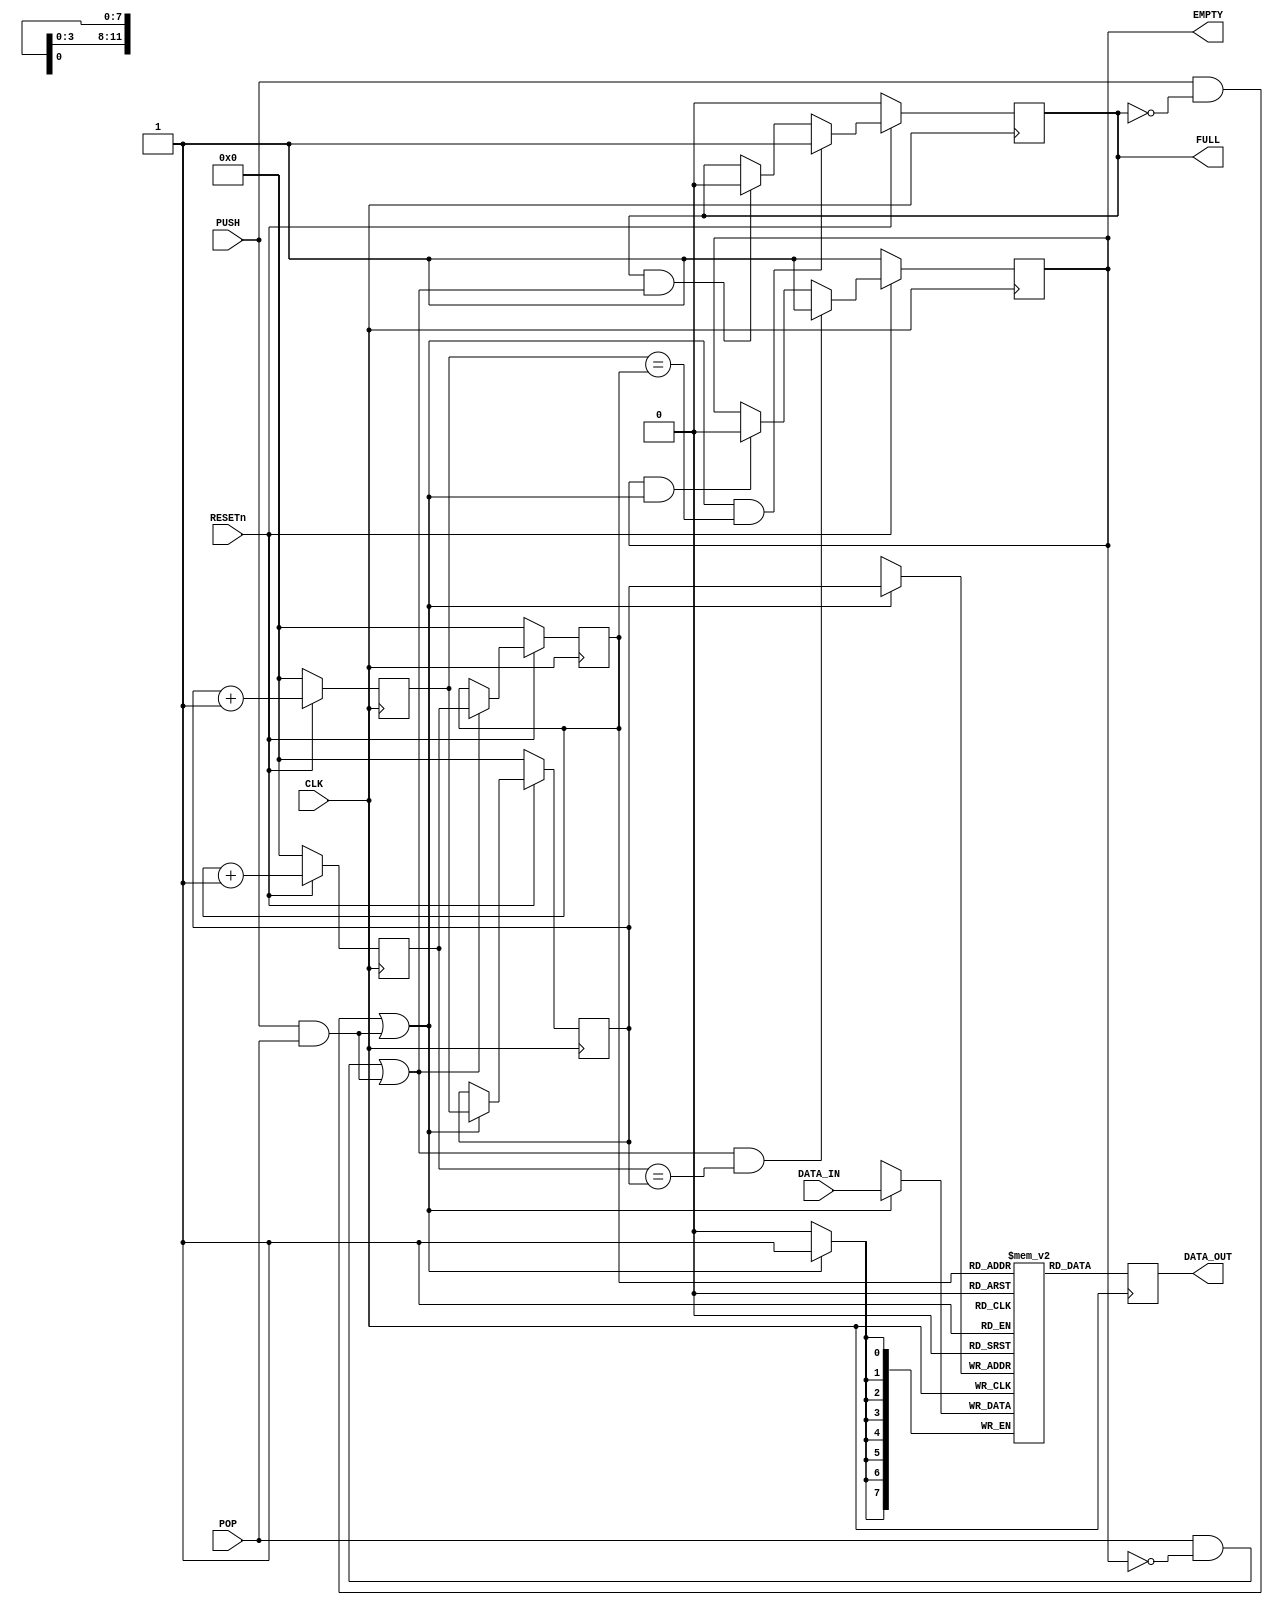
//                              -*- Mode: Verilog -*-
// Description     : FIFO
// Last Modified By: Philip Tracton
// Update Count    : 0
// Status          : Unknown, Use with caution!

module fifo (/*AUTOARG*/
	     // Outputs
	     DATA_OUT, FULL, EMPTY,
	     // Inputs
	     CLK, RESETn, DATA_IN, PUSH, POP
	     ) ;


   //---------------------------------------------------------------------------
   //
   // PARAMETERS
   //
   //---------------------------------------------------------------------------
   parameter DATA_WIDTH = 8;               // Width of input and output data
   parameter ADDR_EXP   = 12;                // Width of our address, FIFO depth is 2^^ADDR_EXP
   parameter ADDR_DEPTH = 4096;    // DO NOT DIRECTLY SET THIS ONE!
   
   //---------------------------------------------------------------------------
   //
   // PORTS
   //
   //---------------------------------------------------------------------------
   input CLK;                           // Clock for all logic
   input RESETn;                         // Synchronous Active High RESETn
   // input ENABLE;                        // When asserted (1'b1), this block is active
   // input FLUSH;                         // When asserted (1'b1), the FIFO is dumped out and RESETn to all 0
   input [DATA_WIDTH - 1:0] DATA_IN;    // Input data stored when PUSHed
   input                    PUSH;       // When asserted (1'b1), DATA_IN is stored into FIFO
   input                    POP;        // When asserted (1'b1), DATA_OUT is the next value in the FIFO
   
   output [DATA_WIDTH - 1:0] DATA_OUT;  // Output data from FIFO
   output                    FULL;      // Asseted when there is no more space in FIFO
   output                    EMPTY;     // Asserted when there is nothing in the FIFO
   

   //---------------------------------------------------------------------------
   //
   // Registers 
   //
   //---------------------------------------------------------------------------
   /*AUTOREG*/
   // Beginning of automatic regs (for this module's undeclared outputs)
   reg 			     EMPTY;
   reg 			     FULL;
   // End of automatics
   (* ram_style = "block" *)
   reg [DATA_WIDTH -1:0]     memory[0:ADDR_DEPTH-1];   // The memory for the FIFO
   reg [ADDR_EXP -1:0] 	     write_ptr;                // Location to write to
   reg [ADDR_EXP -1:0] 	     read_ptr;                 // Location to read from 
   
   //---------------------------------------------------------------------------
   //
   // WIRES
   //
   //---------------------------------------------------------------------------
   /*AUTOWIRE*/
   reg [DATA_WIDTH-1:0]     DATA_OUT;          // Top of the FIFO driven out of the module
   reg [ADDR_EXP -1:0] 	     next_write_ptr;    // Next location to write to
   reg [ADDR_EXP -1:0] 	     next_read_ptr;     // Next location to read from
   wire 		     accept_write;      // Asserted when we can accept this write (PUSH)
   wire 		     accept_read;       // Asserted when we can accept this read (POP)
   
   //---------------------------------------------------------------------------
   //
   // COMBINATIONAL LOGIC
   //
   //---------------------------------------------------------------------------

   //
   // Read and write pointers increment by one unless at the last address.  In that
   // case wrap around to the beginning (0)
   //
   // assign next_write_ptr = (write_ptr == ADDR_DEPTH-1) ? 0  :write_ptr + 1;
   // assign next_read_ptr  = (read_ptr  == ADDR_DEPTH-1) ? 0  :read_ptr  + 1;

   always @(posedge CLK) begin
     if (!RESETn) begin
        next_write_ptr <= 'b0;      
        next_read_ptr <= 'b0;    
     end else begin
        next_write_ptr <= write_ptr + 1;      
        next_read_ptr <= read_ptr  + 1;    
     end
   end

   //
   // Only write if enabled, no flushing and not full or at the same time as a pop
   //
   assign accept_write = (PUSH && !FULL) || (PUSH && POP);

   //
   // Only read if not flushing and not empty or at the same time as a push
   //
   assign accept_read = (POP && !EMPTY) || (PUSH && POP);

   //
   // We are always driving the data out to be read.  Pop will move to the next location
   // in memory
   //
   // assign DATA_OUT = (ENABLE) ? memory[read_ptr]: 'b0;
   
   //---------------------------------------------------------------------------
   //
   // SEQUENTIAL LOGIC
   //
   //---------------------------------------------------------------------------

   //
   // Write Pointer Logic
   //
   always @(posedge CLK)
     if (!RESETn) begin
        write_ptr <= 'b0;       
     end else begin
         if (accept_write) begin
            write_ptr <= next_write_ptr;            
         end
     end

   //
   // Read Pointer Logic
   //
   always @(posedge CLK)
     if (!RESETn) begin
        read_ptr <= 'b0;        
     end else begin
         if (accept_read) begin
            read_ptr <= next_read_ptr;              
         end
    end

   //
   // Empty Logic
   //
   always @(posedge CLK)
     if (!RESETn) begin
        EMPTY <= 1'b1;  
     end else begin
         if (EMPTY && accept_write) begin
            EMPTY <= 1'b0;          
         end
         if (accept_read && (next_read_ptr == write_ptr)) begin
            EMPTY <= 1'b1;          
         end
      end
   //
   // Full Logic 
   //
   always @(posedge CLK)
     if (!RESETn) begin
        FULL <= 1'b0;   
     end else begin
         if (accept_write && (next_write_ptr == read_ptr)) begin
            FULL <= 1;
         end else if (FULL && accept_read) begin
            FULL <= 0;              
         end
     end
   

   //
   // FIFO Write Logic
   //
   
   always @(posedge CLK) begin
      if (accept_write) begin
         memory[write_ptr] <= DATA_IN;           
      end
      DATA_OUT <= memory[read_ptr];
   end
   
endmodule